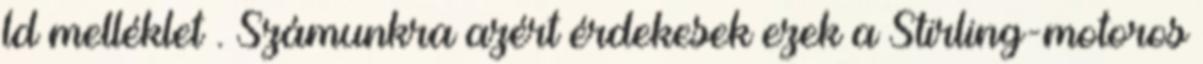
ld melléklet . Számunkra azért érdekesek ezek a Stirling-motoros